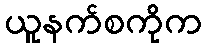
ယူနက်စကိုက